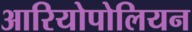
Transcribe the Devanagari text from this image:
आरियोपोलियन